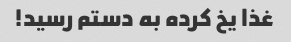
غذا یخ کرده به دستم رسید!